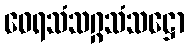
ဝေရသံသဂ္ဂသံသဋ္ဌော